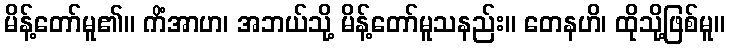
မိန့်တော်မူ၏။ ကိံအာဟ၊ အဘယ်သို့ မိန့်တော်မူသနည်း။ တေနဟိ၊ ထိုသို့ဖြစ်မူ။